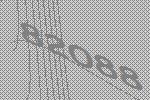
82088